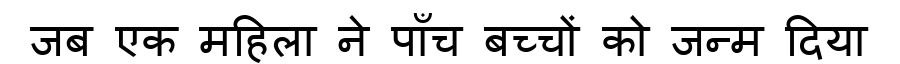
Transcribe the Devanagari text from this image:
जब एक महिला ने पाँच बच्चों को जन्म दिया